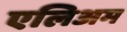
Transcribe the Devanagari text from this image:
एलिअम